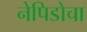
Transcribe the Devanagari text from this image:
नेपिडोचा